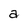
Character: a